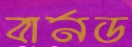
বার্নড